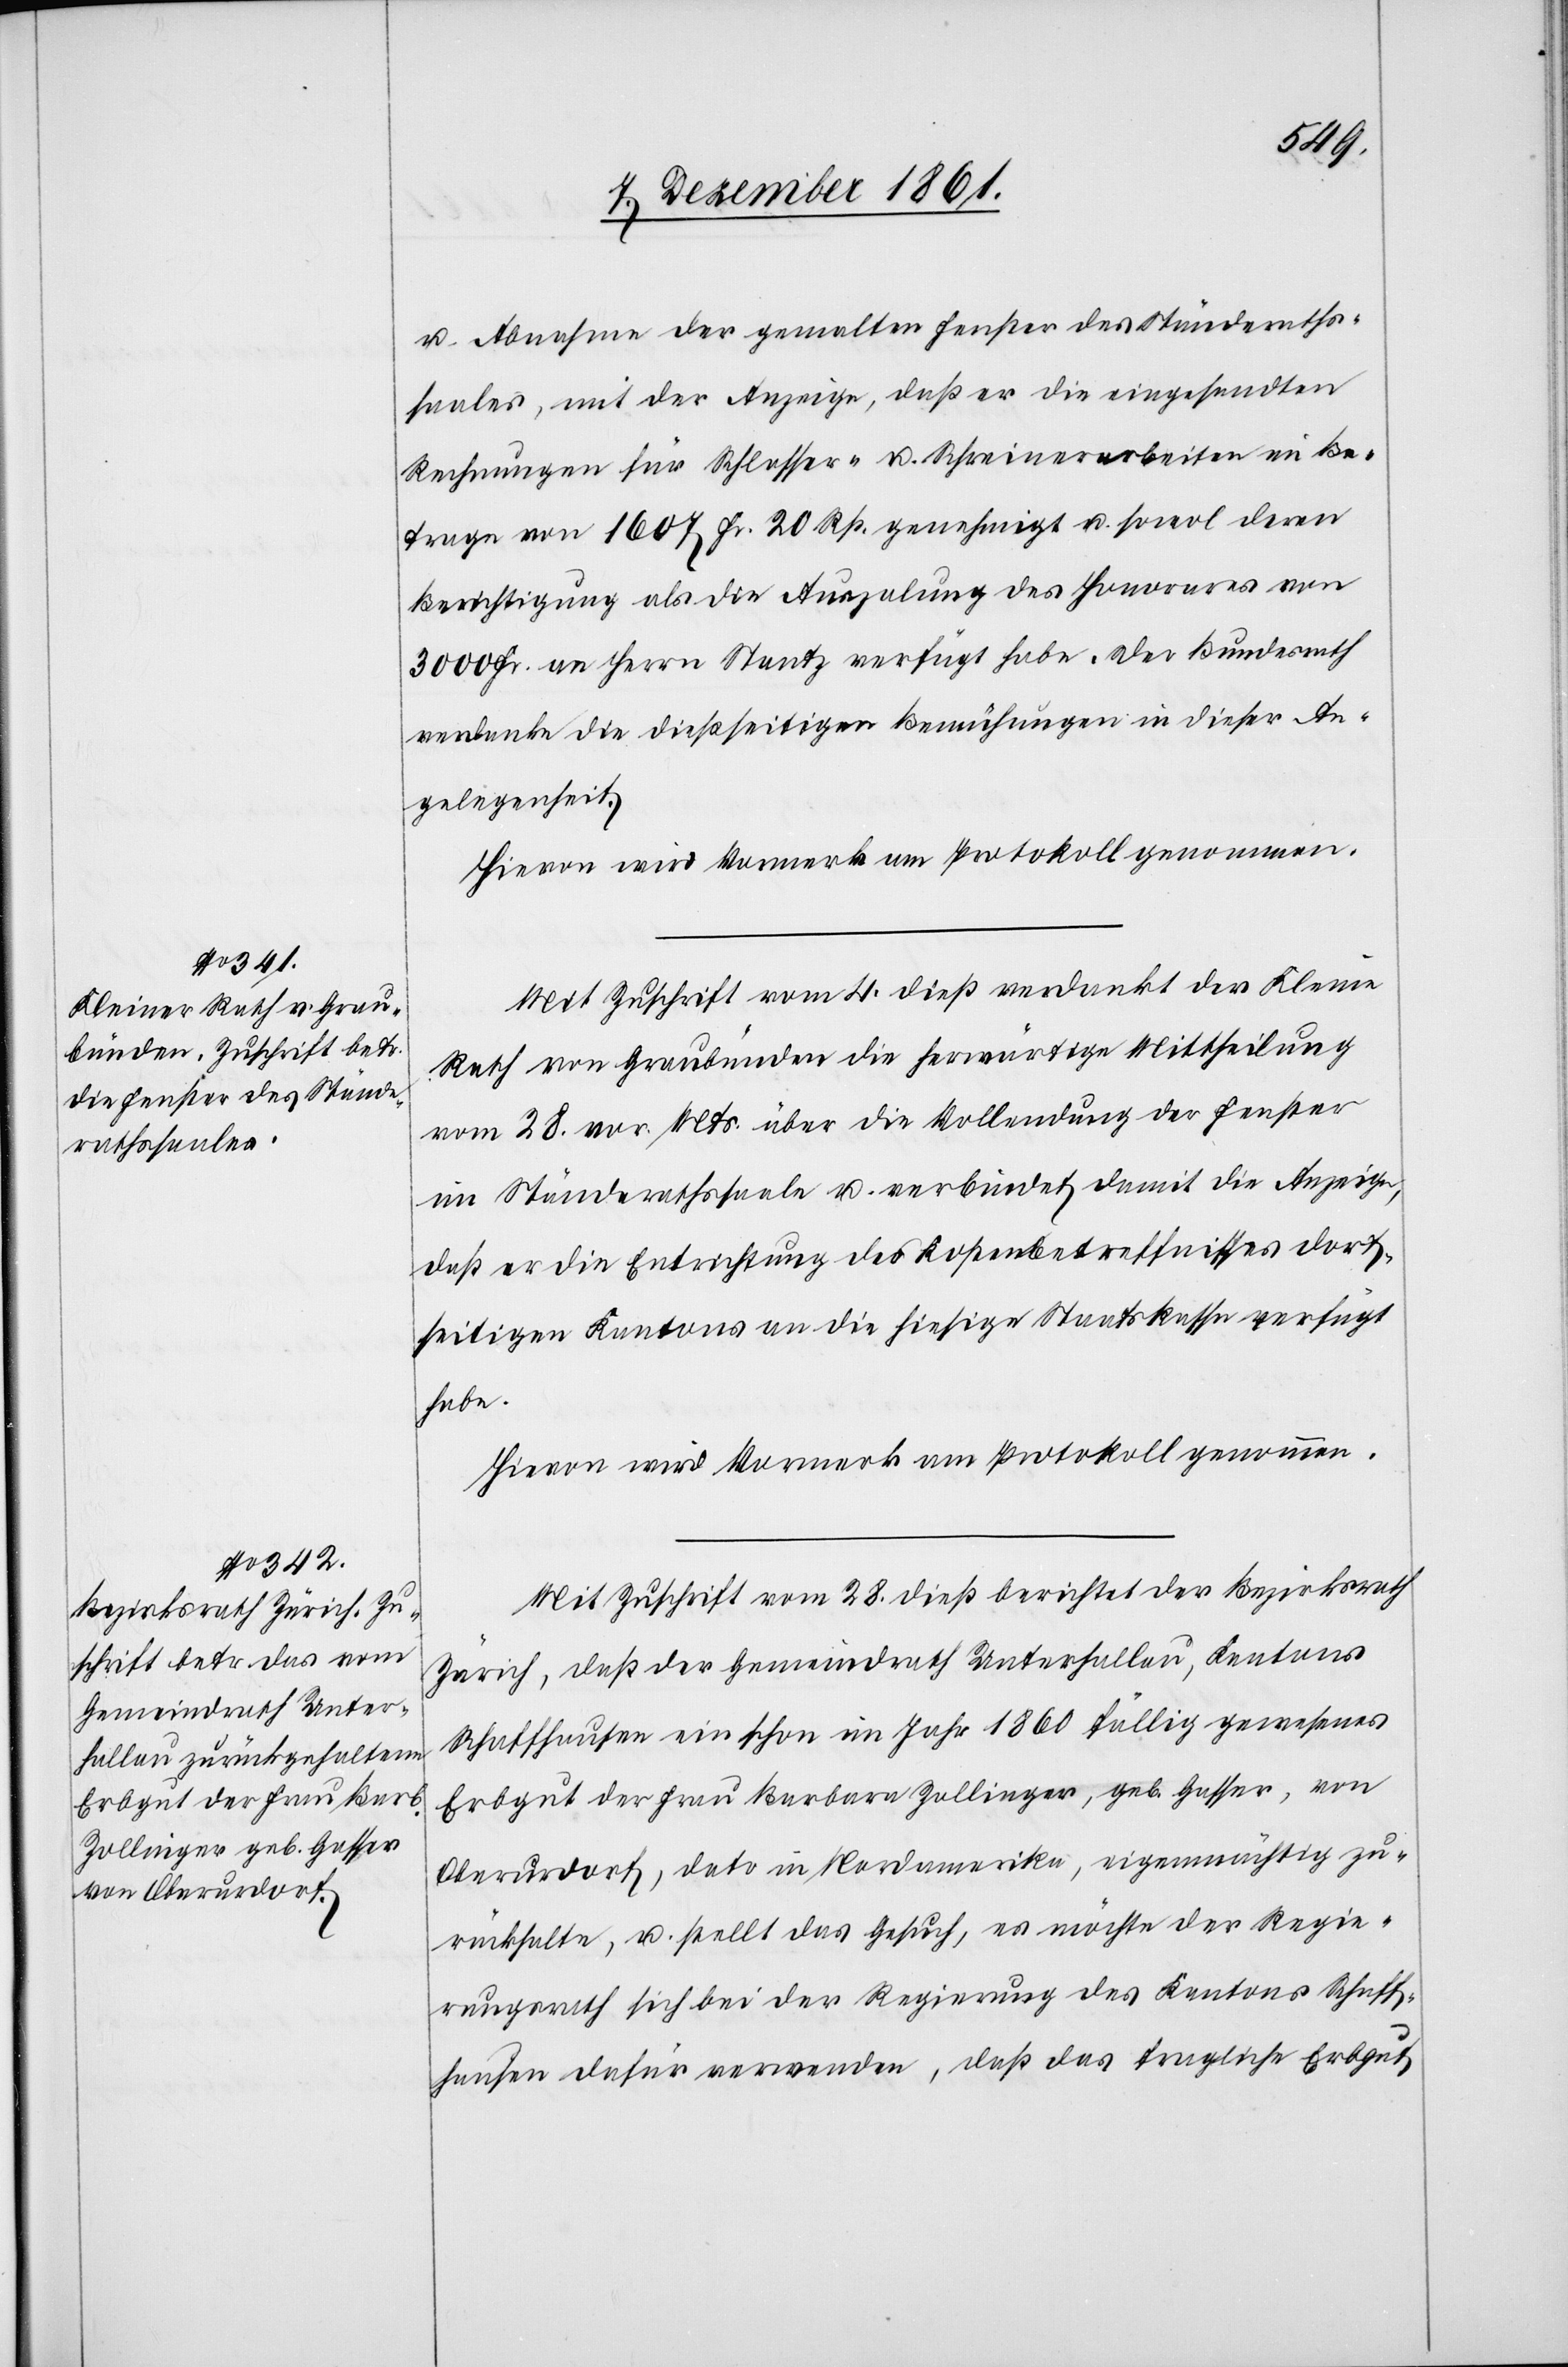
u. Abnahme der gemalten Fenster des Ständeraths¬
saales, mit der Anzeige, daß er die eingesandten
Rechnungen für Schlosser- u. Schreinerarbeiten im Be¬
trage von 1607 Fr. 20 Rp. genehmigt u. sowol deren
Berichtigung als die Anzalung des Honorars von
3000 Fr. an Herrn Stantz verfügt habe. Der Bundesrath
verdanke die dießseitigen Bemühungen in dieser An¬
gelegenheit.
Hievon wird Vormerk am Protokoll genommen.
Mit Zuschrift vom 4 dieß verdankt der Kleine
Rath von Graubünden die herwärtige Mittheilung
vom 28 vor. Mts. über die Vollendung der Fenster
im Ständerathssaale u. verbindet damit die Anzeige,
daß er die Entrichtung des Kostenbetreffnisses dort¬
seitigen Kantons an die hiesige Staatskasse verfügt
habe.
Mit Zuschrift vom 28 dieß berichtet der Bezirksrath
Zürich, daß der Gemeindrath Unterhallau, Kantons
Schaffhausen ein schon im Jahr 1860 fällig gewesenes
Erbgut der Frau Barbara Zollinger, geb. Gasser, von
Oberurdorf, dato in Nordamerika, eigenmächtig zu¬
rückhalte, u. stellt das Gesuch, es möchte der Regie¬
rungsrath sich bei der Regierung des Kantons Schaff¬
hausen dafür verwenden, daß das fragliche Erbgut